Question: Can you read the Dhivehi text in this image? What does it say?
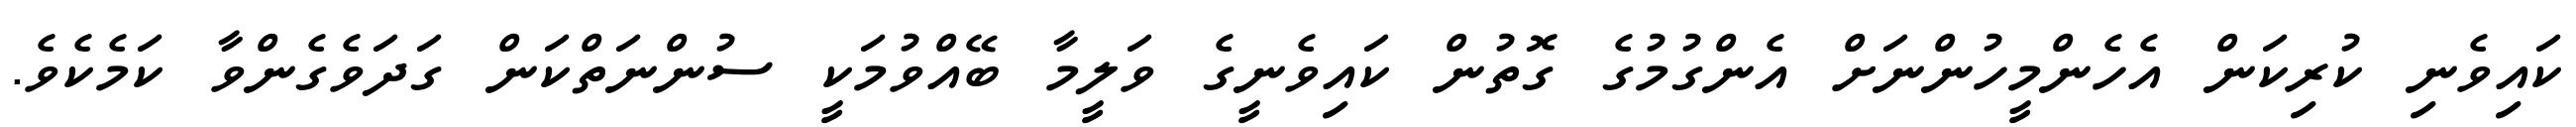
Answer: ކައިވެނި ކުރިކަން އެހެންމީހުންނަށް އެންގުމުގެ ގޮތުން ކައިވެނީގެ ވަލީމާ ބޭއްވުމަކީ ސުންނަތްކަން ގަދަވެގެންވާ ކަމެކެވެ.